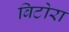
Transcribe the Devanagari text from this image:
बिटोरा